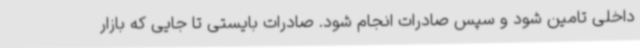
داخلی تامین شود و سپس صادرات انجام شود. صادرات بایستی تا جایی که بازار